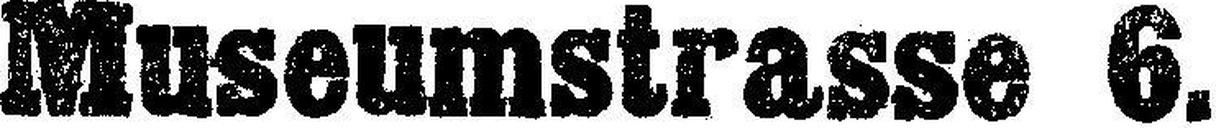
Museumstrasse 6.